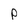
Character: P